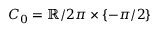
C _ { 0 } = \mathbb { R } / 2 \pi \times \{ - \pi / 2 \}